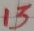
Text: 13